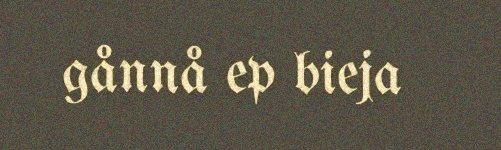
gånnå ep bieja